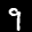
Label: 9